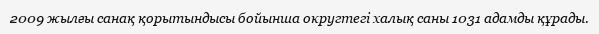
2009 жылғы санақ қорытындысы бойынша округтегі халық саны 1031 адамды құрады.